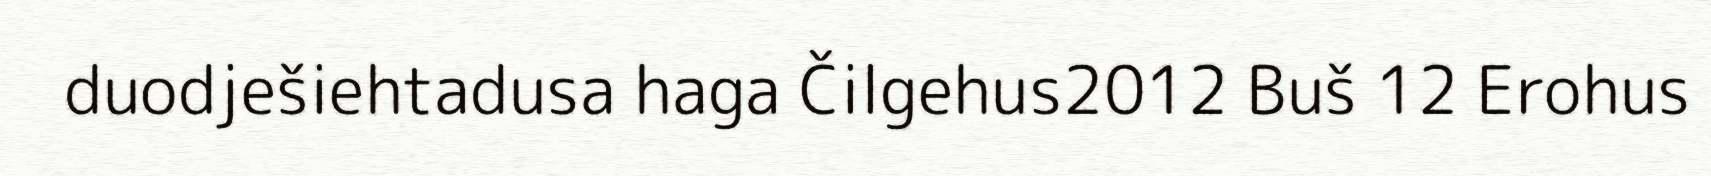
duodješiehtadusa haga Čilgehus2012 Buš 12 Erohus